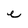
Character: e